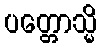
ပတ္တောသ္မိ